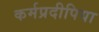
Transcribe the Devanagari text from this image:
कर्मप्रदीपिया